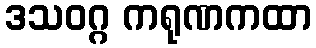
ဒသဝဂ္ဂ ကရုဏကထာ